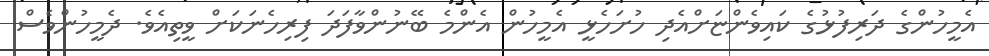
އެމީހުންގެ ދަރިފުޅުގެ ކައިވެންޏަށްއެދި ހުށަހެޅީ އެމީހުން އެންމެ ބޭނުންވާފަދަ ފިރިހެނަކަށް ވީތިއެވެ. ދެމީހުންވެސް